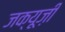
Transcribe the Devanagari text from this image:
जक्यूज़ी